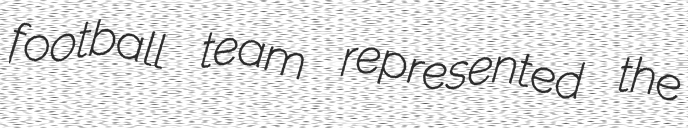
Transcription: football team represented the